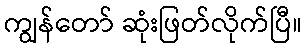
ကျွန်တော် ဆုံးဖြတ်လိုက်ပြီ။